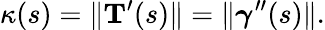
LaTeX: \kappa(s)=\| \mathbf{T}^{\prime}(s)\| =\| {\boldsymbol{\gamma}}^{\prime\prime}(s)\| .